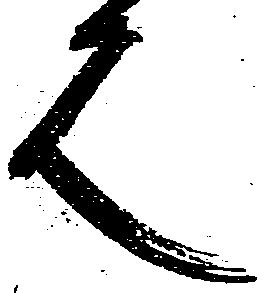
也